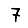
Digit: 7